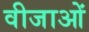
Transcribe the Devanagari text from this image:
वीजाओं